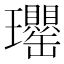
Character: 𤫡